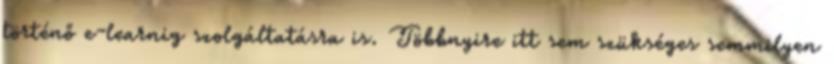
történő e-learnig szolgáltatásra is. Többnyire itt sem szükséges semmilyen